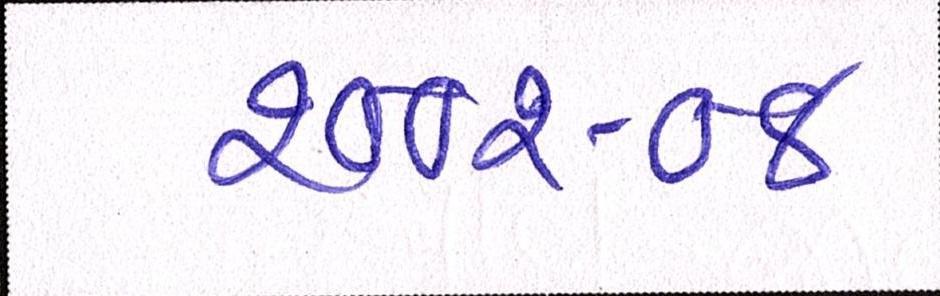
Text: ૨૦૦૨-૦૪